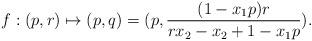
LaTeX: \begin{align*} f:(p,r)\mapsto (p,q)=(p,\dfrac{(1-x_1p)r}{rx_2-x_2+1-x_1p}). \end{align*}